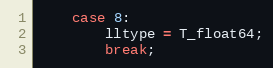
Language: C++
    case 8:
        lltype = T_float64;
        break;